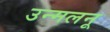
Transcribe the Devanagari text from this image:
उन्मलनू